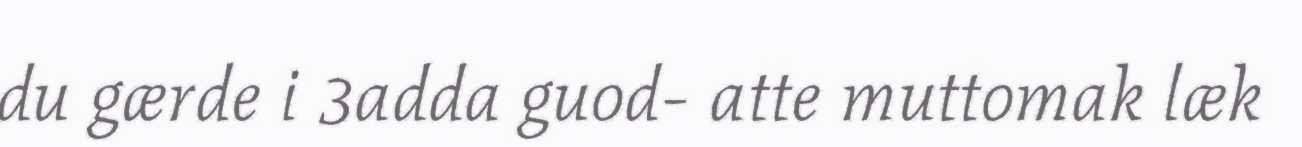
du gærde i 3adda guod- atte muttomak læk